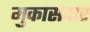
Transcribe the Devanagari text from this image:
मुकासदार